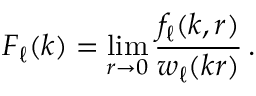
F _ { \ell } ( k ) = \operatorname * { l i m } _ { r \to 0 } \frac { f _ { \ell } ( k , r ) } { w _ { \ell } ( k r ) } \, .